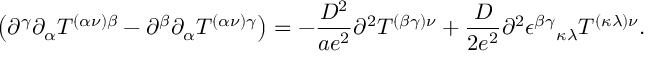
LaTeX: \left( \partial ^ { \gamma } \partial _ { \alpha } T ^ { ( \alpha \nu ) \beta } - \partial ^ { \beta } \partial _ { \alpha } T ^ { ( \alpha \nu ) \gamma } \right) = - \frac { D ^ { 2 } } { a e ^ { 2 } } \partial ^ { 2 } T ^ { ( \beta \gamma ) \nu } + \frac { D } { 2 e ^ { 2 } } \partial ^ { 2 } \epsilon ^ { \beta \gamma } { } _ { \kappa \lambda } T ^ { ( \kappa \lambda ) \nu } .